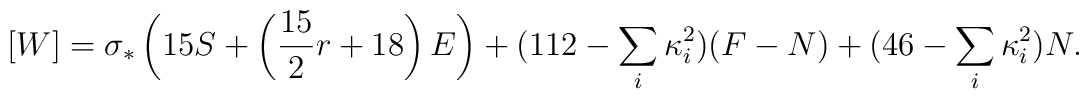
[W]=\sigma_*\left(15S+\left({15\over 2}r + 18\right) E\right)+(112-\sum_i\kappa_i^2)(F-N) +(46-\sum_i\kappa_i^2)N.